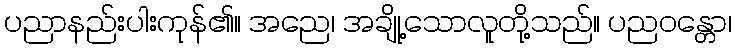
ပညာနည်းပါးကုန်၏။ အညေ၊ အချို့သောလူတို့သည်။ ပညဝန္တော၊